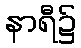
နာရီ၌